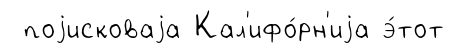
поjисковаjа Кал'ифо́рн'иjа э́тот